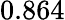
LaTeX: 0.864